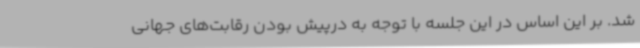
شد. بر این اساس در این جلسه با توجه به درپیش بودن رقابت‌های جهانی